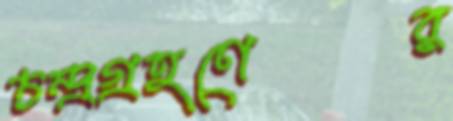
চন্দ্রগ্রহণের